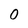
Character: 0